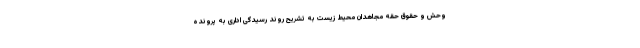
وحش و حقوق حقه مجاهدان محیط زیست به تشریح روند رسیدگی اداری به پرونده‌